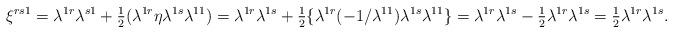
LaTeX: \begin{align*}\xi^{rs1}=\lambda^{1r}\lambda^{s1}+{\textstyle{1\over 2}}(\lambda^{1r}\eta\lambda^{1s}\lambda^{11})=\lambda^{1r}\lambda^{1s}+{\textstyle{1\over 2}}\{\lambda^{1r}(-1/\lambda^{11})\lambda^{1s}\lambda^{11}\}=\lambda^{1r}\lambda^{1s}-{\textstyle{1\over 2}}\lambda^{1r}\lambda^{1s}={\textstyle{1\over 2}}\lambda^{1r}\lambda^{1s}.\end{align*}